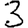
Digit: 3